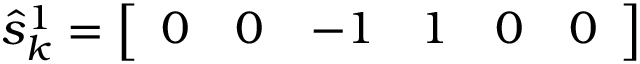
\hat { s } _ { k } ^ { 1 } = \left[ \begin{array} { l l l l l l } { 0 } & { 0 } & { - 1 } & { 1 } & { 0 } & { 0 } \end{array} \right]